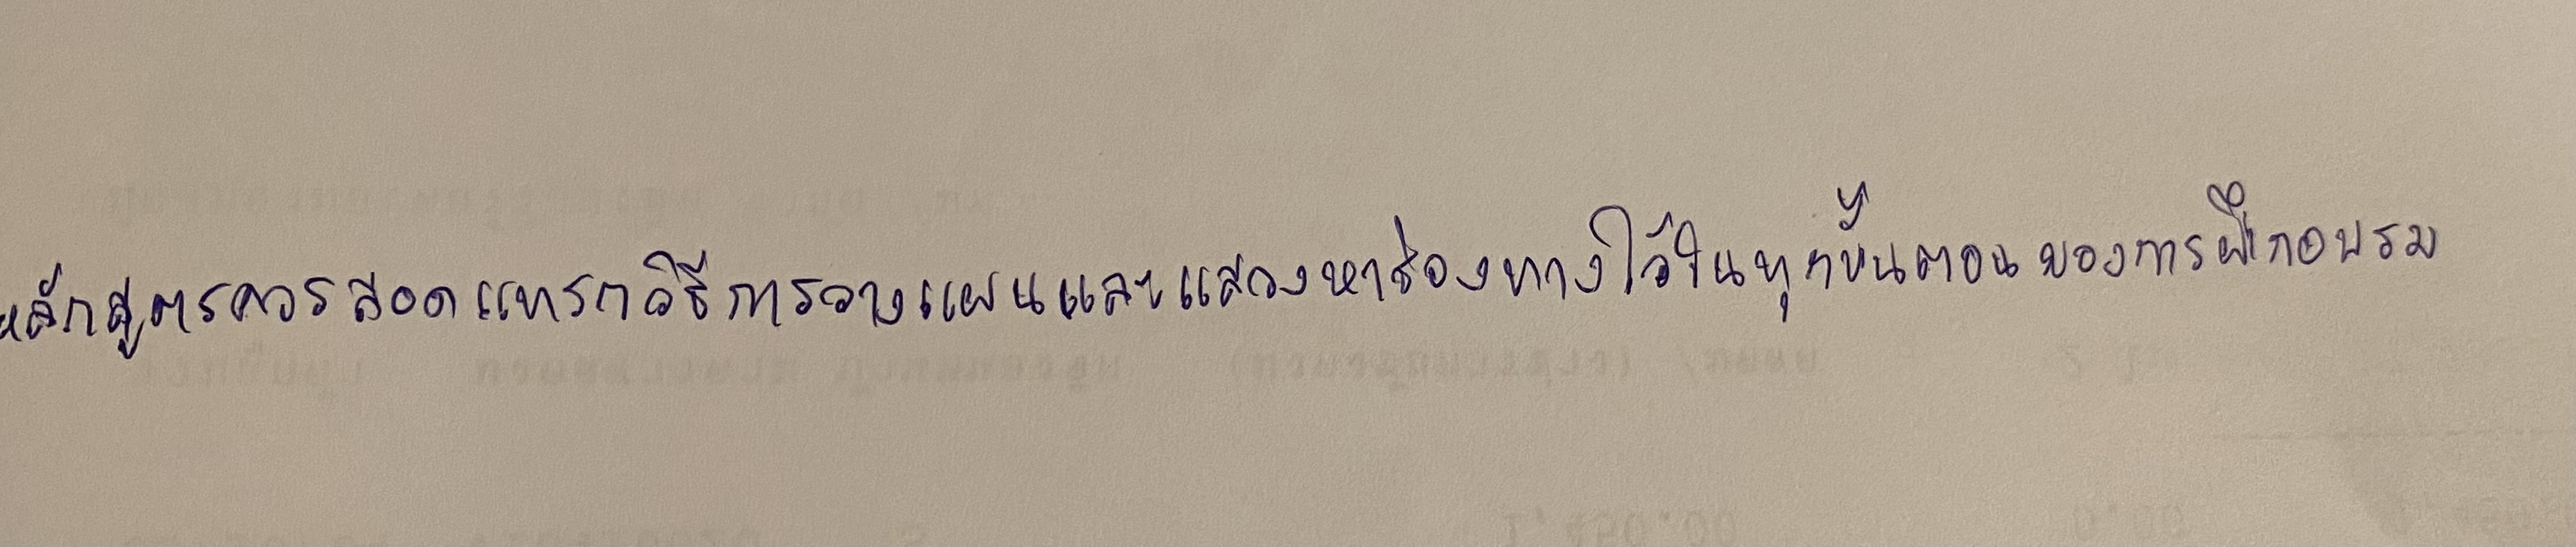
หลักสูตรควรสอดแทรกวิธีการวางแผนและแสวงหาช่องทางไว้ในทุกขั้นตอนของการฝึกอบรม